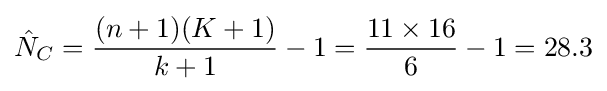
{\hat {N}}_{C}={\frac {(n+1)(K+1)}{k+1}}-1={\frac {11\times 16}{6}}-1=28.3